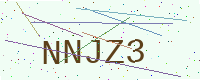
Text: NNJZ3